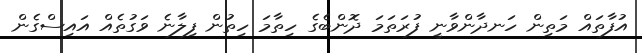
އުފާތައް މަތިން ހަނދާންވާނީ ފުރަތަމަ ދޮންބެގެ ހިތާމަ ހިތުން ފިލާނެ ވަގުތެއް އައިސްގެން